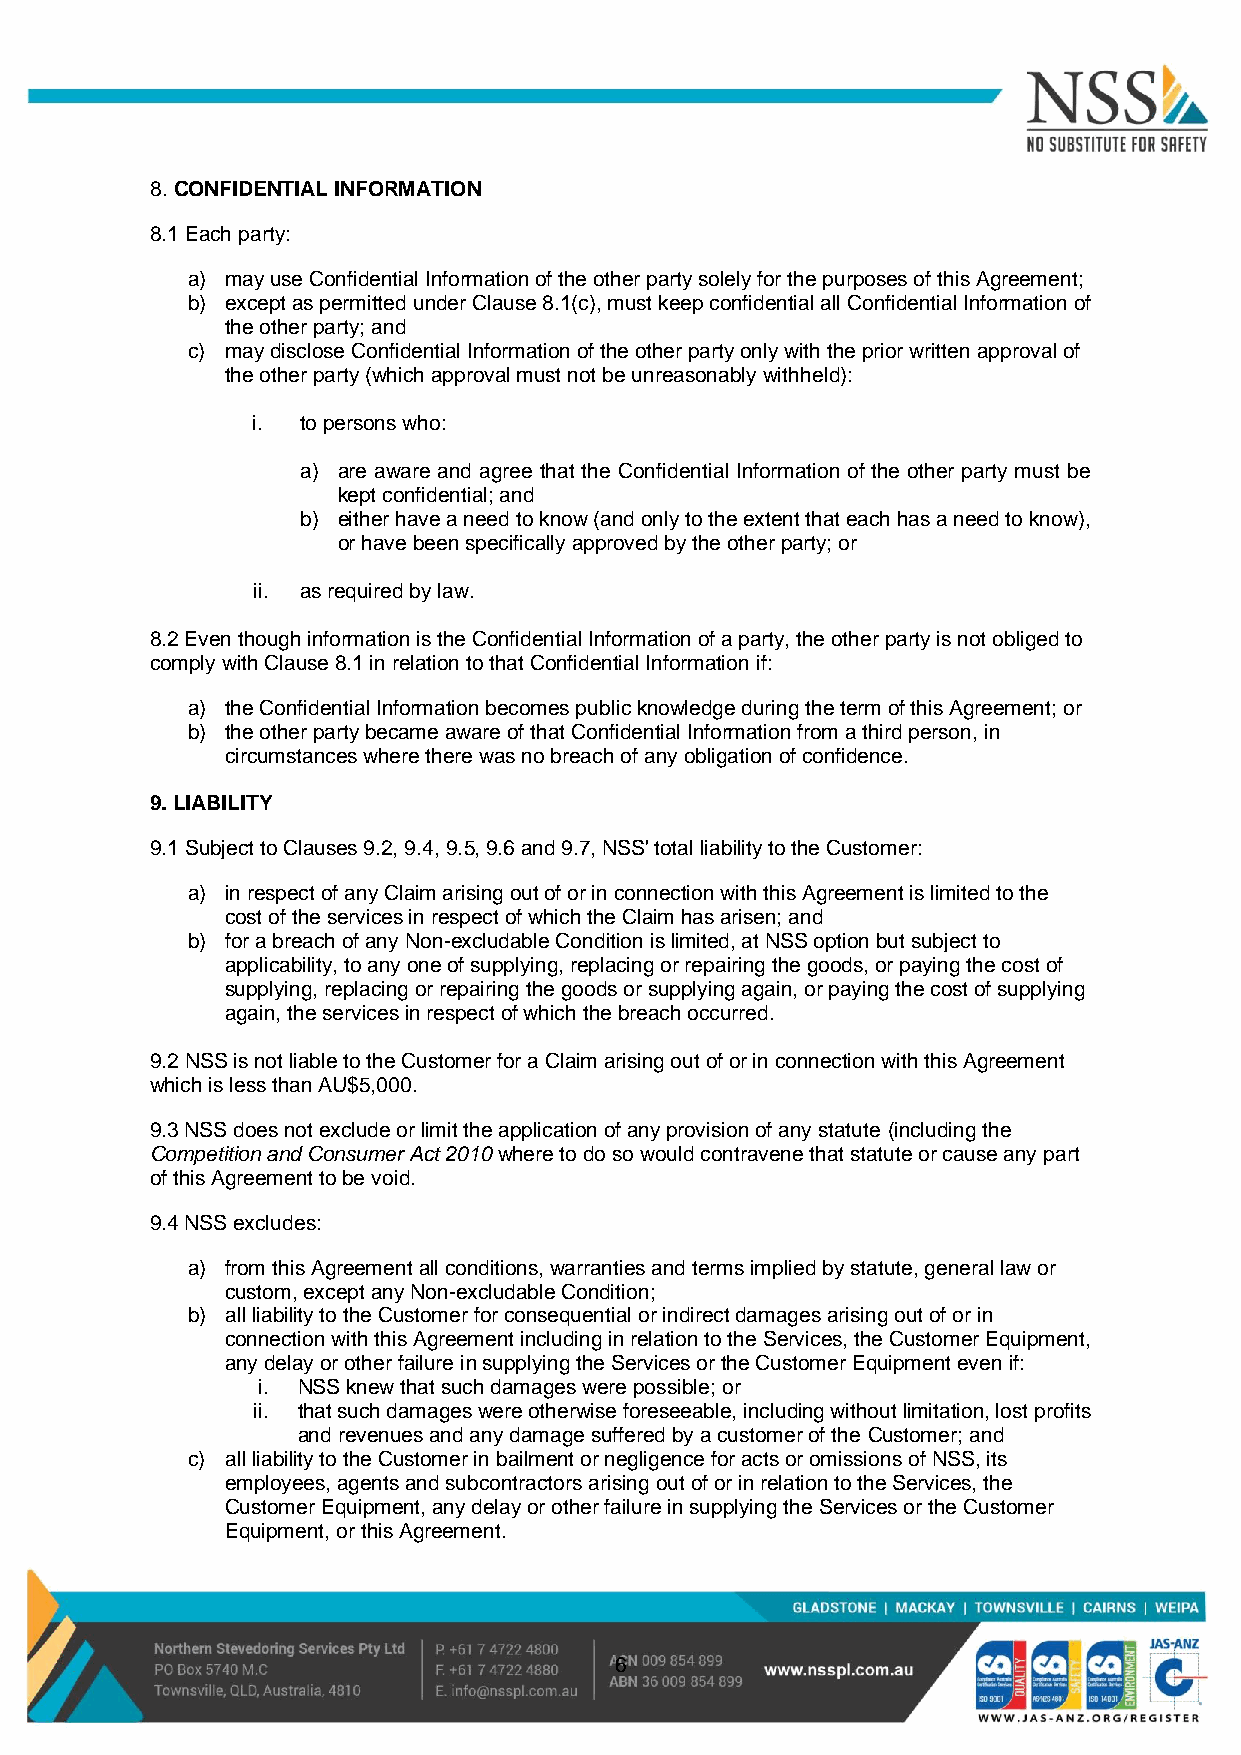
8. CONFIDENTIAL INFORMATION
 8.1 Each party:
 a) may use Confidential Information of the other party solely for the purposes of this Agreement;
 b) except as permitted under Clause 8.1(c), must keep confidential all Confidential Information of
 the other party; and
 c) may disclose Confidential Information of the other party only with the prior written approval of
 the other party (which approval must not be unreasonably withheld):
 i. to persons who:
 a) are aware and agree that the Confidential Information of the other party must be
 kept confidential; and
 b) either have a need to know (and only to the extent that each has a need to know),
 or have been specifically approved by the other party; or
 ii. as required by law.
 8.2 Even though information is the Confidential Information of a party, the other party is not obliged to
 comply with Clause 8.1 in relation to that Confidential Information if:
 a) the Confidential Information becomes public knowledge during the term of this Agreement; or
 b) the other party became aware of that Confidential Information from a third person, in
 circumstances where there was no breach of any obligation of confidence.
 9. LIABILITY
 9.1 Subject to Clauses 9.2, 9.4, 9.5, 9.6 and 9.7, NSS' total liability to the Customer:
 a) in respect of any Claim arising out of or in connection with this Agreement is limited to the
 cost of the services in respect of which the Claim has arisen; and
 b) for a breach of any Non-excludable Condition is limited, at NSS option but subject to
 applicability, to any one of supplying, replacing or repairing the goods, or paying the cost of
 supplying, replacing or repairing the goods or supplying again, or paying the cost of supplying
 again, the services in respect of which the breach occurred.
 9.2 NSS is not liable to the Customer for a Claim arising out of or in connection with this Agreement
 which is less than AU$5,000.
 9.3 NSS does not exclude or limit the application of any provision of any statute (including the
 Competition and Consumer Act 2010 where to do so would contravene that statute or cause any part
 of this Agreement to be void.
 9.4 NSS excludes:
 a) from this Agreement all conditions, warranties and terms implied by statute, general law or
 custom, except any Non-excludable Condition;
 b) all liability to the Customer for consequential or indirect damages arising out of or in
 connection with this Agreement including in relation to the Services, the Customer Equipment,
 any delay or other failure in supplying the Services or the Customer Equipment even if:
 i. NSS knew that such damages were possible; or
 ii. that such damages were otherwise foreseeable, including without limitation, lost profits
 and revenues and any damage suffered by a customer of the Customer; and
 c) all liability to the Customer in bailment or negligence for acts or omissions of NSS, its
 employees, agents and subcontractors arising out of or in relation to the Services, the
 Customer Equipment, any delay or other failure in supplying the Services or the Customer
 Equipment, or this Agreement.
 6